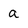
Character: a